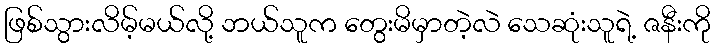
ဖြစ်သွားလိမ့်မယ်လို့ ဘယ်သူက တွေးမိမှာတဲ့လဲ သေဆုံးသူရဲ့ ဇနီးကို